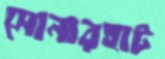
সোনারহাট